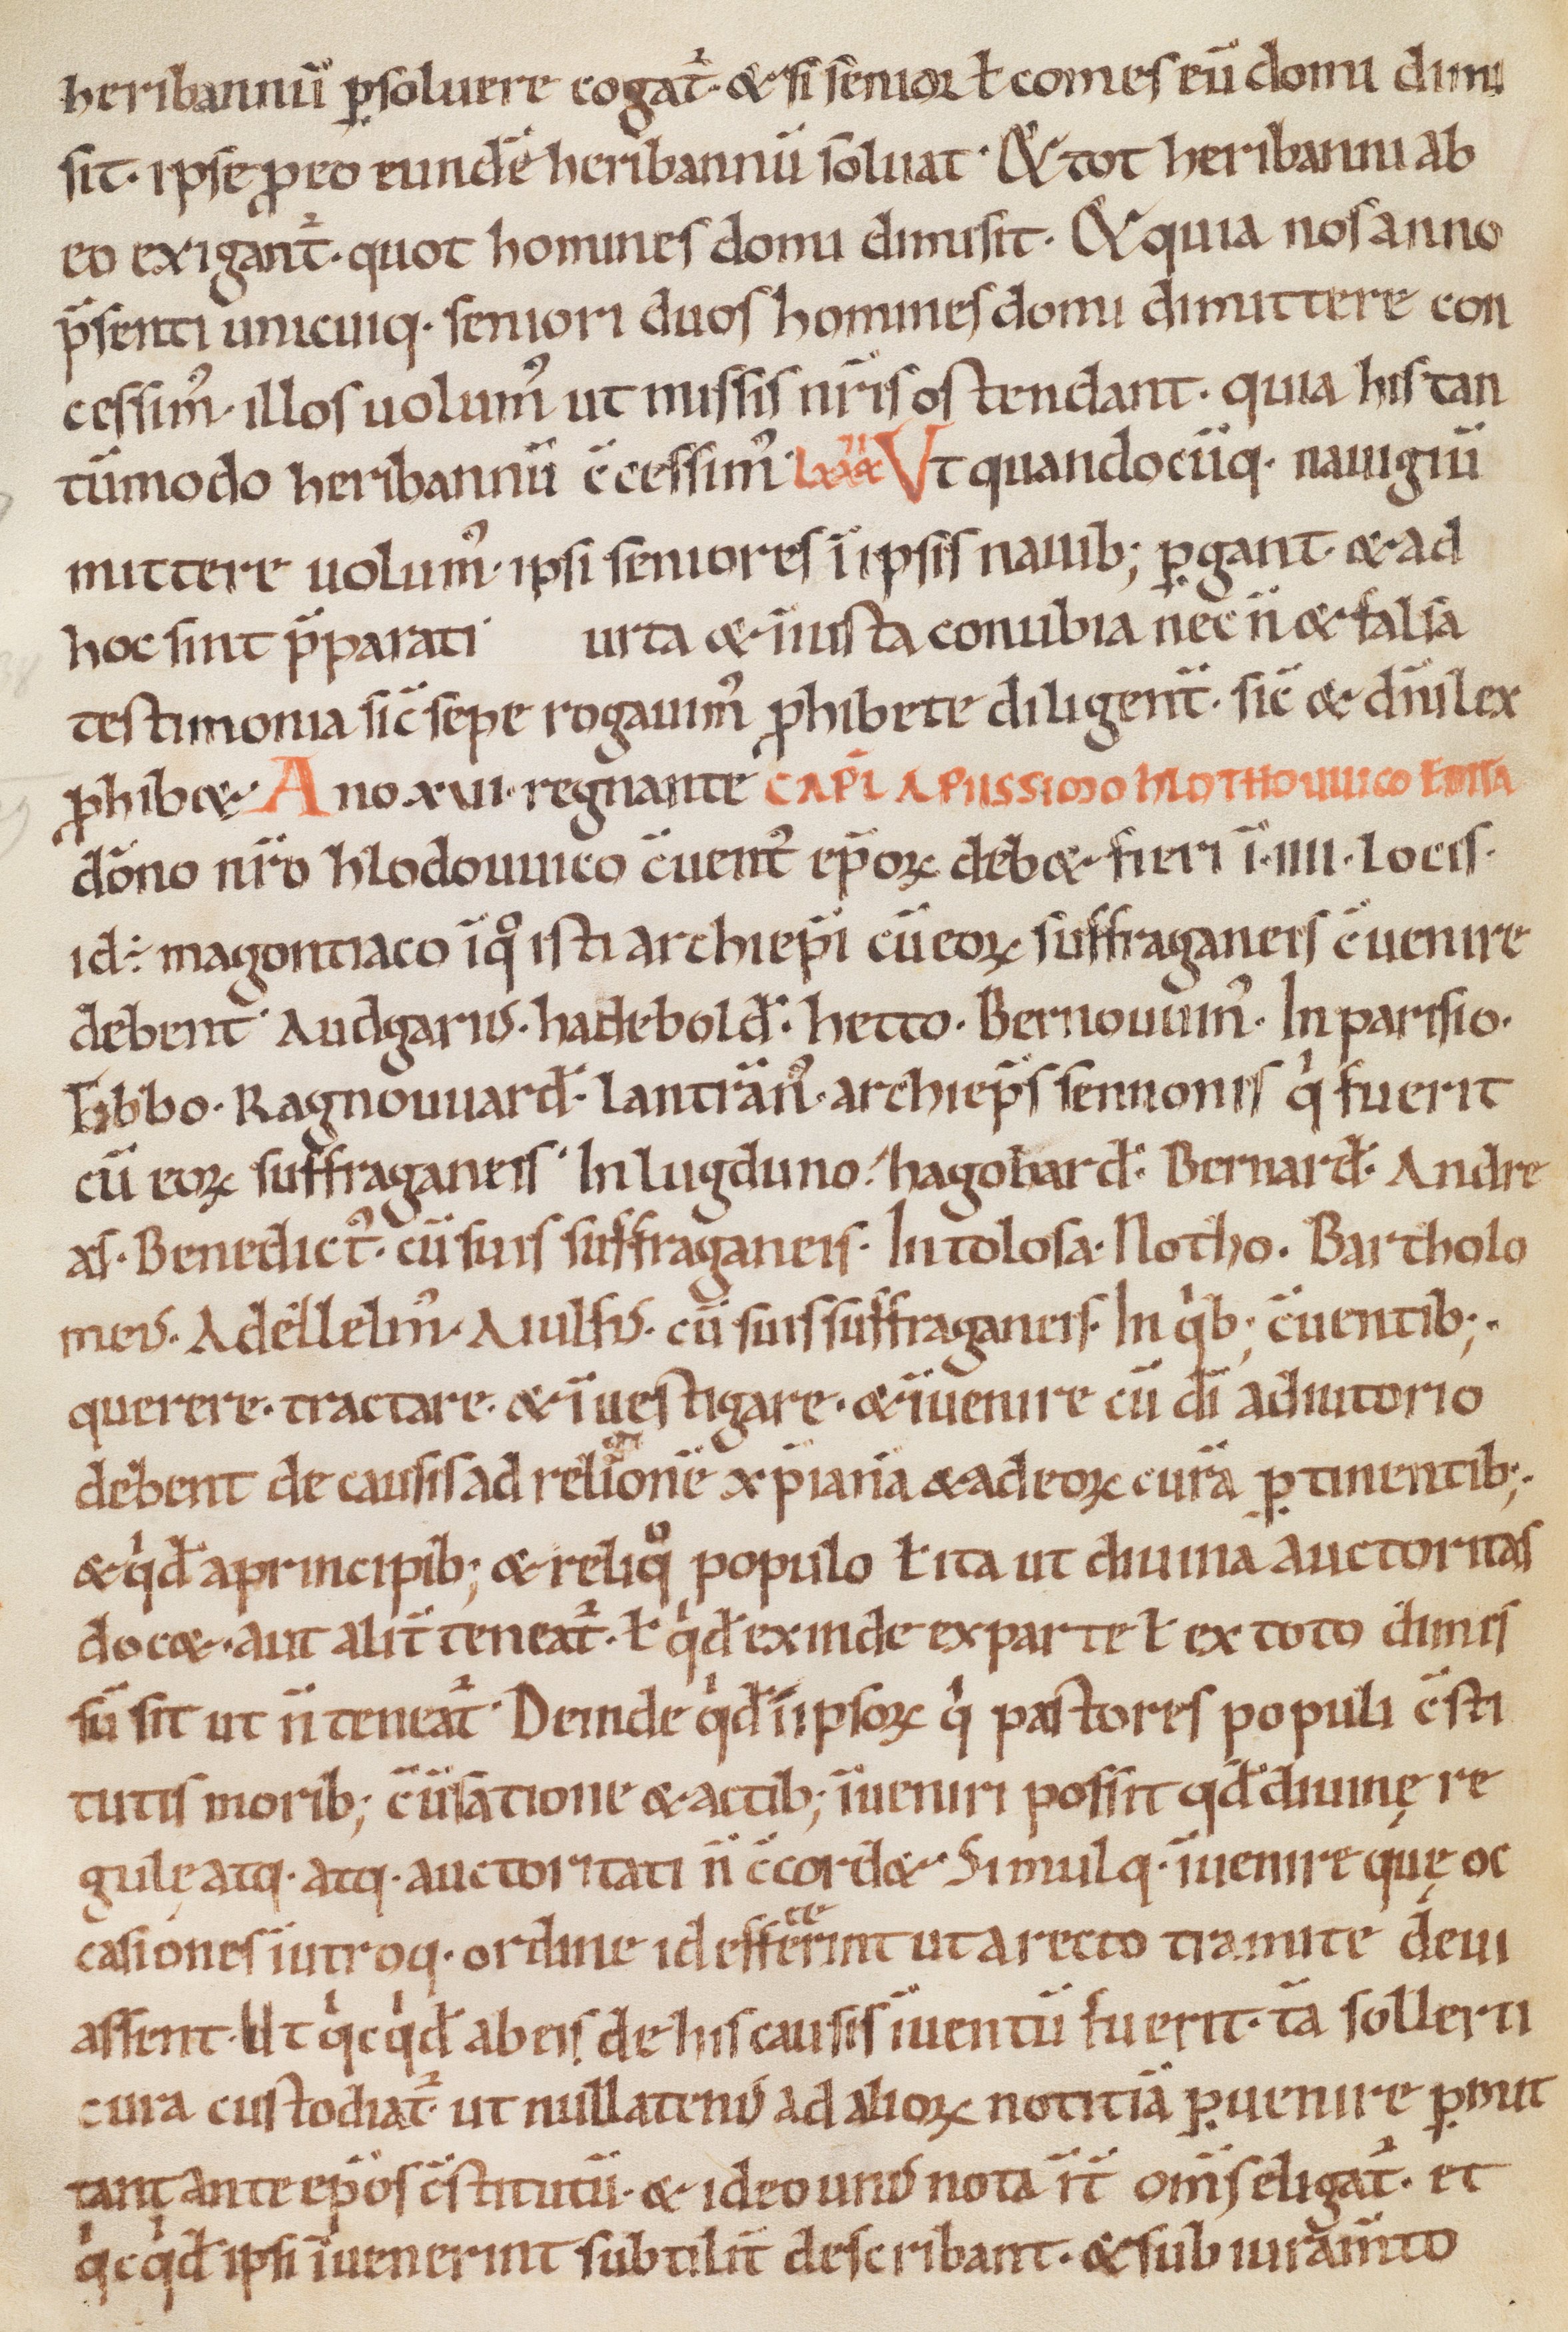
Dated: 1000–1099